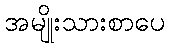
အမျိုးသားစာပေ